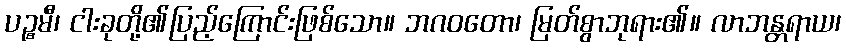
ပဉ္စမီ၊ ငါးခုတို့၏ပြည့်ကြောင်းဖြစ်သော။ ဘဂဝတော၊ မြတ်စွာဘုရား၏။ လာဘန္တရာယ၊